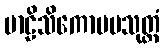
ဗာဠိသိကောပမသုတ္တံ